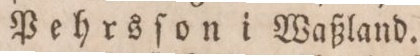
Pehrsſon i Waßland.